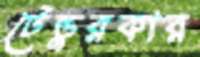
টেন্ডুরকার